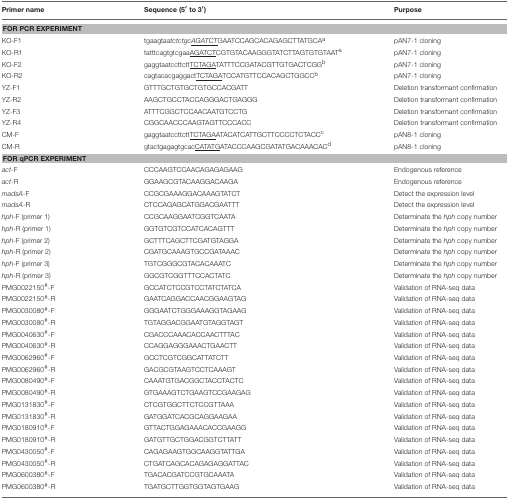
<table><thead><tr><td><b>Primer name</b></td><td><b>Sequence (5′to 3′)</b></td><td><b>Purpose</b></td></tr></thead><tbody><tr><td colspan="3"><b>FOR PCR EXPERIMENT</b></td></tr><tr><td>KO-F1</td><td>tgaagt<i>aatctctgc<underline>AGATCT</underline></i>GAATCCAGCACAGAGCTTATGCA<sup>a</sup></td><td>pAN7-1 cloning</td></tr><tr><td>KO-R1</td><td>tatttcagtgtcgaa<underline>AGATCT</underline>CGTGTACAAGGGTATCTTAGTGTGTAAT<sup>a</sup></td><td>pAN7-1 cloning</td></tr><tr><td>KO-F2</td><td>gaggtaatccttctt<underline>TCTAGA</underline>TATTTCCGATACGTTGTGACTCGG<sup>b</sup></td><td>pAN7-1 cloning</td></tr><tr><td>KO-R2</td><td>cagtacacgaggact<underline>TCTAGA</underline>TCCATGTTCCACAGCTGGCC<sup>b</sup></td><td>pAN7-1 cloning</td></tr><tr><td>YZ-F1</td><td>GTTTGCTGTGCTGTGCCACGATT</td><td>Deletion transformant confirmation</td></tr><tr><td>YZ-R2</td><td>AAGCTGCCTACCAGGGACTGAGGG</td><td>Deletion transformant confirmation</td></tr><tr><td>YZ-F3</td><td>ATTTCGGCTCCAACAATGTCCTG</td><td>Deletion transformant confirmation</td></tr><tr><td>YZ-R4</td><td>CGGCAACCCAAGTAGTTCCCACC</td><td>Deletion transformant confirmation</td></tr><tr><td>CM-F</td><td>gaggtaatccttctt<underline>TCTAGA</underline>ATACATCATTGCTTCCCCTCTACC<sup>c</sup></td><td>pAN8-1 cloning</td></tr><tr><td>CM-R</td><td>gtactgagagtgcac<underline>CATATG</underline>ATACCCAAGCGATATGACAAACAC<sup>d</sup></td><td>pAN8-1 cloning</td></tr><tr><td colspan="3"><b>FOR qPCR EXPERIMENT</b></td></tr><tr><td><i>act</i>-F</td><td>CCCAAGTCCAACAGAGAGAAG</td><td>Endogenous reference</td></tr><tr><td><i>act</i>-R</td><td>GGAAGCGTACAAGGACAAGA</td><td>Endogenous reference</td></tr><tr><td><i>madsA</i>-F</td><td>CCGCGAAAGGACAAAGTATCT</td><td>Detect the expression level</td></tr><tr><td><i>madsA</i>-R</td><td>CTCCAGAGCATGGACGAATTT</td><td>Detect the expression level</td></tr><tr><td><i>hph</i>-F (primer 1)</td><td>CCGCAAGGAATCGGTCAATA</td><td>Determinate the <i>hph</i> copy number</td></tr><tr><td><i>hph</i>-R (primer 1)</td><td>GGTGTCGTCCATCACAGTTT</td><td>Determinate the <i>hph</i> copy number</td></tr><tr><td><i>hph</i>-F (primer 2)</td><td>GCTTTCAGCTTCGATGTAGGA</td><td>Determinate the <i>hph</i> copy number</td></tr><tr><td><i>hph</i>-R (primer 2)</td><td>CGATGCAAAGTGCCGATAAAC</td><td>Determinate the <i>hph</i> copy number</td></tr><tr><td><i>hph</i>-F (primer 3)</td><td>TGTCGGGCGTACACAAATC</td><td>Determinate the <i>hph</i> copy number</td></tr><tr><td><i>hph</i>-R (primer 3)</td><td>GGCGTCGGTTTCCACTATC</td><td>Determinate the <i>hph</i> copy number</td></tr><tr><td>PMG0022150<sup>#</sup>-F</td><td>GCCATCTCCGTCCTATCTATCA</td><td>Validation of RNA-seq data</td></tr><tr><td>PMG0022150<sup>#</sup>-R</td><td>GAATCAGGACCAACGGAAGTAG</td><td>Validation of RNA-seq data</td></tr><tr><td>PMG0030080<sup>#</sup>-F</td><td>GGGAATCTGGGAAAGGTAGAAG</td><td>Validation of RNA-seq data</td></tr><tr><td>PMG0030080<sup>#</sup>-R</td><td>TGTAGGACGGAATGTAGGTAGT</td><td>Validation of RNA-seq data</td></tr><tr><td>PMG0040630<sup>#</sup>-F</td><td>CGACCCAAACACCAACTTTAC</td><td>Validation of RNA-seq data</td></tr><tr><td>PMG0040630<sup>#</sup>-R</td><td>CCAGGAGGGAAACTGAACTT</td><td>Validation of RNA-seq data</td></tr><tr><td>PMG0062960<sup>#</sup>-F</td><td>GCCTCGTCGGCATTATCTT</td><td>Validation of RNA-seq data</td></tr><tr><td>PMG0062960<sup>#</sup>-R</td><td>GACGCGTAAGTCCTCAAAGT</td><td>Validation of RNA-seq data</td></tr><tr><td>PMG0080490<sup>#</sup>-F</td><td>CAAATGTGACGGCTACCTACTC</td><td>Validation of RNA-seq data</td></tr><tr><td>PMG0080490<sup>#</sup>-R</td><td>GTGAAAGTCTGAAGTCCGAAGAG</td><td>Validation of RNA-seq data</td></tr><tr><td>PMG0131830<sup>#</sup>-F</td><td>CTCGTGGCTTCTCCGTTAAA</td><td>Validation of RNA-seq data</td></tr><tr><td>PMG0131830<sup>#</sup>-R</td><td>GATGGATCACGCAGGAAGAA</td><td>Validation of RNA-seq data</td></tr><tr><td>PMG0180910<sup>#</sup>-F</td><td>GTTACTGGAGAAACACCGAAGG</td><td>Validation of RNA-seq data</td></tr><tr><td>PMG0180910<sup>#</sup>-R</td><td>GATGTTGCTGGACGGTCTTATT</td><td>Validation of RNA-seq data</td></tr><tr><td>PMG0430050<sup>#</sup>-F</td><td>CAGAGAAGTGGCAAGGTATTGA</td><td>Validation of RNA-seq data</td></tr><tr><td>PMG0430050<sup>#</sup>-R</td><td>CTGATCAGCACAGAGAGGATTAC</td><td>Validation of RNA-seq data</td></tr><tr><td>PMG0600380<sup>#</sup>-F</td><td>TGACACGATCCGTGCAAATA</td><td>Validation of RNA-seq data</td></tr><tr><td>PMG0600380<sup>#</sup>-R</td><td>TGATGCTTGGTGGTAGTGAAG</td><td>Validation of RNA-seq data</td></tr></tbody></table>